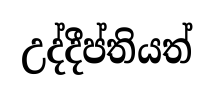
උද්දීප්තියත්